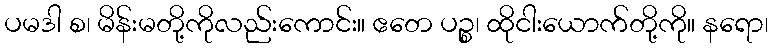
ပမဒါ စ၊ မိန်းမတို့ကိုလည်းကောင်း။ ဧတေ ပဉ္စ၊ ထိုငါးယောက်တို့ကို။ နရော၊